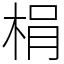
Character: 梋